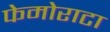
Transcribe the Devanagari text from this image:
फेमोराटा